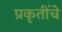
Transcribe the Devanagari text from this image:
प्रकृतींचे